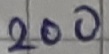
Text: 200